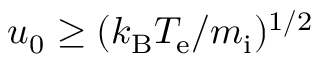
u _ { 0 } \geq ( k _ { \mathrm { B } } T _ { \mathrm { e } } / m _ { \mathrm { i } } ) ^ { 1 / 2 }